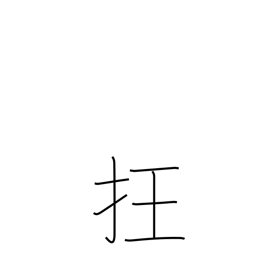
Meaning: disorder